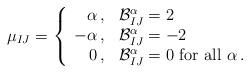
LaTeX: \begin{align*}\mu_{IJ}=\left\{\begin{array}{rl} \alpha\,, & {\cal B}^\alpha_{IJ}=2 \\ -\alpha\,, & {\cal B}^\alpha_{IJ}=-2 \\ 0\,, & {\cal B}^\alpha_{IJ}=0 {\mbox{ for all }}\alpha\,. \end{array}\right.\end{align*}